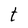
Character: t